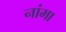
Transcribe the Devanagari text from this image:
नांमा